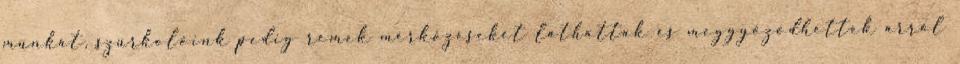
munkát, szurkolóink pedig remek mérkőzéseket láthattak és meggyőződhettek arról